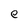
Character: e